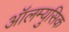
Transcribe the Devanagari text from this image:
ऑलम्युसिक